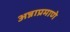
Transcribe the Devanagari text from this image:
अन्नाप्रमाणे